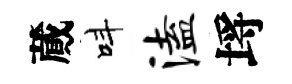
蕆呌溘埓